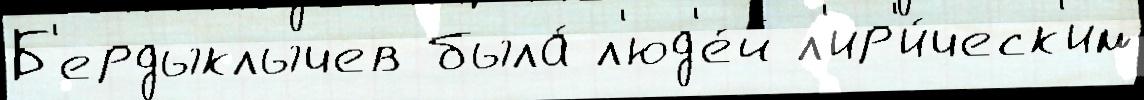
Б'ердыклычев была́ л'юд'е́й л'ир'и́ческ'им